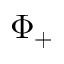
\Phi _ { + }